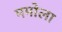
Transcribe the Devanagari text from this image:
ममोला